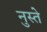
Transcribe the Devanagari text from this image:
नुस्ते